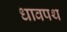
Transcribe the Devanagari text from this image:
धावपथ